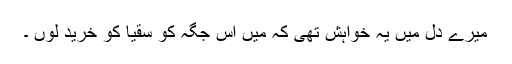
میرے دل میں یہ خواہش تھی کہ میں اس جگہ کو سُقْیَا کو خرید لوں ۔